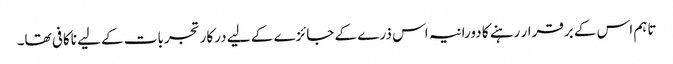
تاہم اس کے برقرار رہنے کا دورانیہ اس ذرے کے جائزے کے لیے درکار تجربات کے لیے ناکافی تھا۔